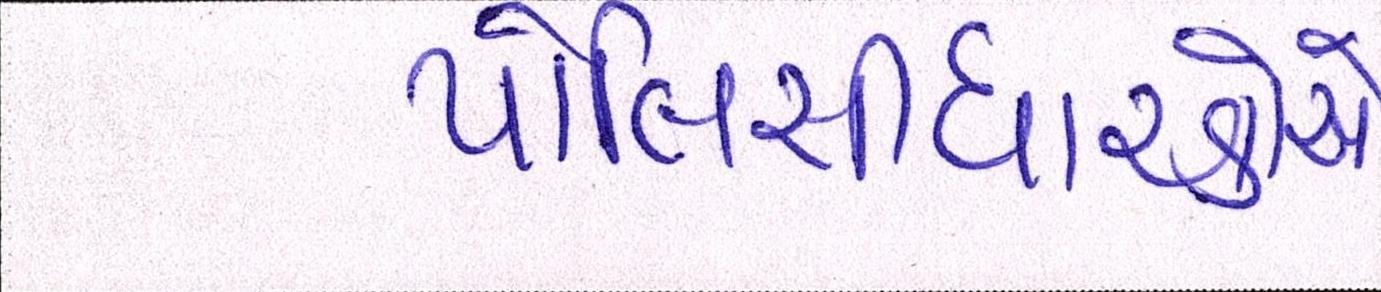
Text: પોલિસીધારકોએ